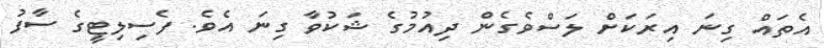
އެތައް ގިނަ އިރަކަށް ލަސްވެެގެން ދިއުމުގެ ޝަކުވާ ގިނަ އެވެ. ފެސިލިޓީގެ ސާފު